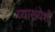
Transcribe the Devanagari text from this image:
व्याख्येशी